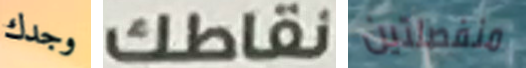
وجدك نقاطك منفصلتين